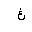
Letter: _gayn